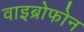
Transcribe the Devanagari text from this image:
वाइब्रोफोन